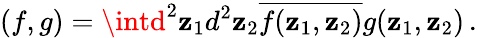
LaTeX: (f,g)=\intd^{2}\mathbf{z}_{1}d^{2}\mathbf{z}_{2}\overline{{{{f(\mathbf{z}_{1},\mathbf{z}_{2})}}}}g(\mathbf{z}_{1},\mathbf{z}_{2})\, .